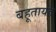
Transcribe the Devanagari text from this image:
बहूतायत